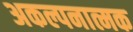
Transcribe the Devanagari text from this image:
अकल्पनात्मक